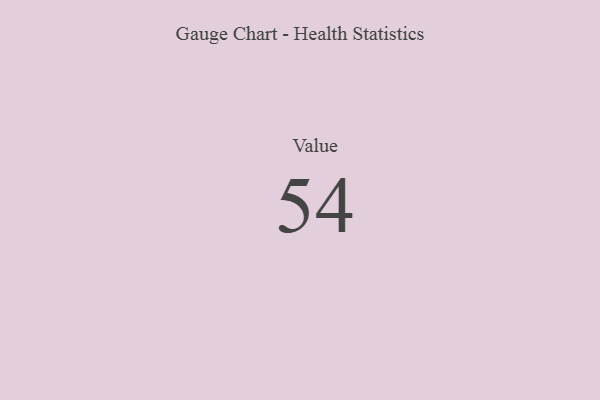
{"axis": {"x": "Metric", "y": "Value"}, "legend": [""], "data": [{"x": "Value", "y": 54, "type": ""}]}